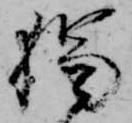
独